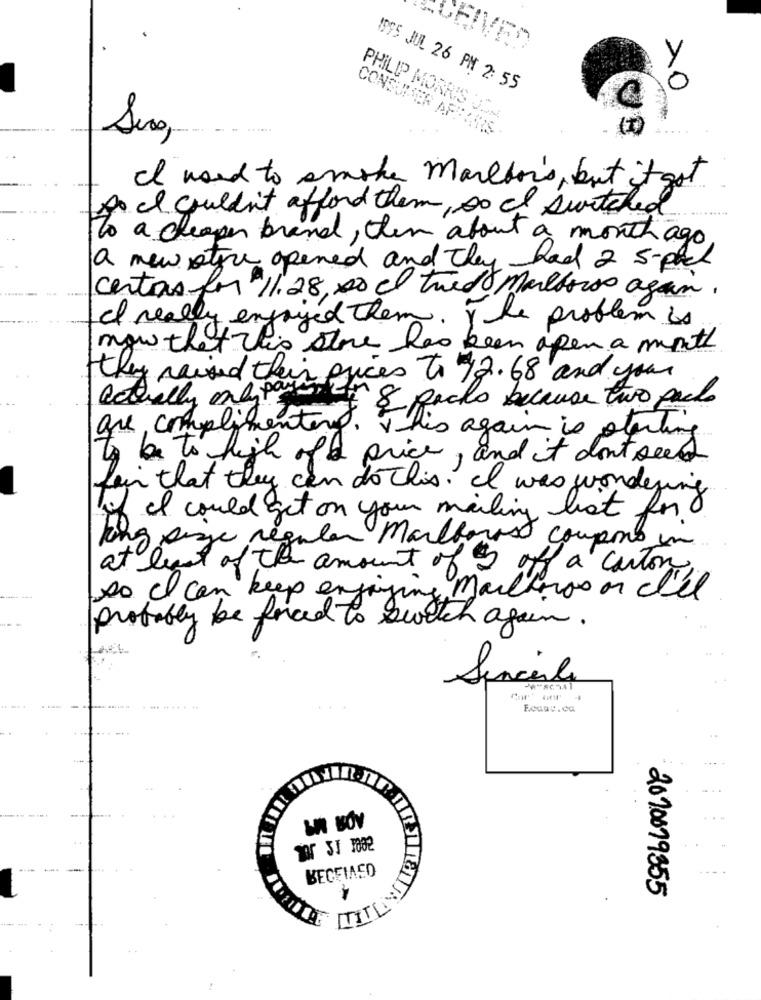
CEIVED
1995 JUL 26 PM 2: 55
PHILIP MORRIS J
CONSUMER AF:
Suco,
I need to smoke Marlton's, but it got
to I couldn't afford them, so I switched
To a cheaper brand, then about a month ago
a new styre opened and they had 2 5-pack
certas for $11.28,00 cl tried Marlboros again.
I really enjoyed them. The problem is
now that This store has been open a month
they raised their prices to 42.68 and your
actually only pain
& pacho because two paulo
are complimenting. This again is starting
to be to high ofa price, and it don't seed
fair that they can do this. I was wondering
if I could get on your mailing list for
King size regular Marlboros coupons in
at least of the amount of 5 off a carton
so I can keep engaging Mailteros on cel
probably be forced to Switch again.
Sencilla
Fcaav.ca
W BOY
BECFIAEO
2020079355